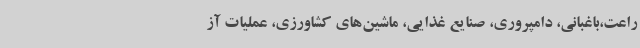
راعت،باغبانی، دامپروری، صنایع غذایی، ماشین‌های کشاورزی، عملیات آز